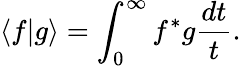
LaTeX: \langle f\vert g\rangle=\int_{0}^{\infty}f^{*}g\frac{dt}{t}.